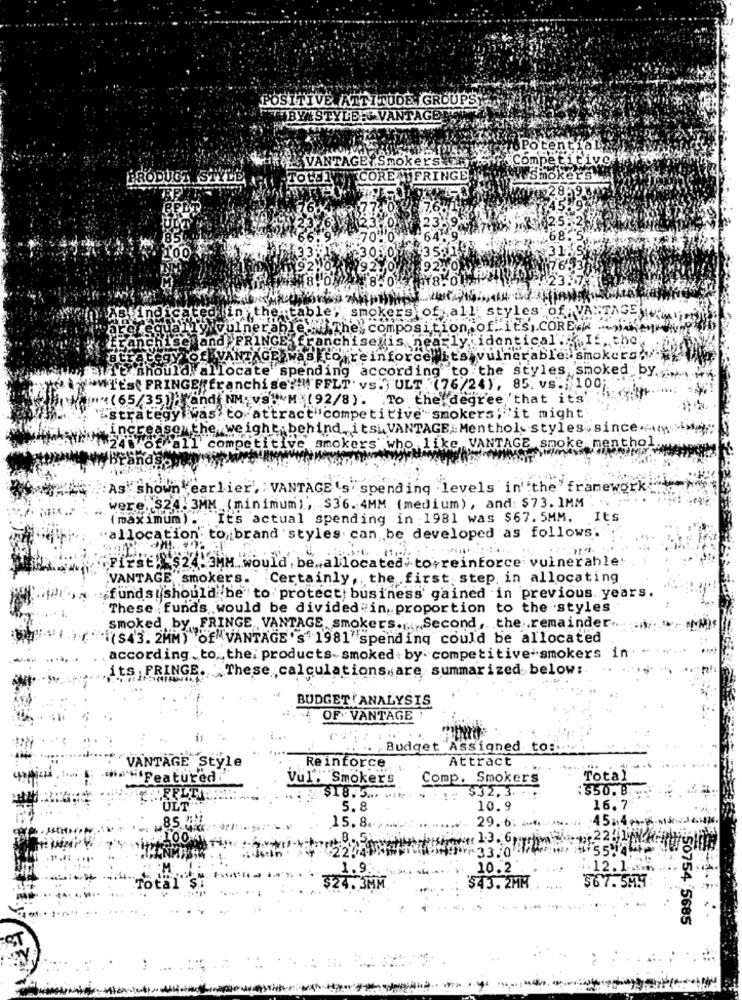
POSITIVE ATTITUDE GROUPS
BY STYLE VANTAGENS
Potentiala
VANTAGE Smokers
Competitive.
PRODUCT STYLE
TOLEIVCORE FRINGE
Smokers
$7,6
23
185
$70".
64
68.
35
92
8.0574 850%
17850
ted in the!
tab1
smoker's
of all styles of VANTAGE
"vulnerabl
The composit
f. its ,. CORE A .
FRINGE'
Łidentical:"
E. the
ichise is, nea
FAGE wask
to reinforce"i
vulnerable, smokers
locate spending according to the styles smoked by ...
anchis
"PELT' VS.TULT . (76/24), 85. vs .; 100
35.08
d NM. VS . M. (92/8). To the degree 'that it's'.
tegy :
is to attract competitive smokers,"it might
increase the weight.behind. itsVANTAGE:Menthol. styles, since>>> >>
+248
of all
competitive smokers who
ke VANTAGE smoke menthol
As shown earlier', VANTAGE's spending levels in''the framework;
were. $24: 3MM (minimum), S36. 4MM. (medium), and: $73. 1MM
(maximum). It's actual spending in 1981 was $67.5MM, Its
"allocation. to, brand styles can be developed as follows.
"FITSE, $24.3MM would . be.allocated to reinforce vulnerable
VANTAGE smokers.
Certainly ,, the first step, in allocating
funds should be to protect business' gained in previous years.
These : fund's would be divided in, proportion to the styles
smoked by FRINGE VANTAGE smokers. Second, the remainder.
($43. 2MM) of VANTAGE's 1981 spending could be allocated
according to ,, the; products-smoked. by. competitive smokers in
its , FRINGE. These calculations are summarized below:
BUDGET ANALYSIS
OF VANTAGE
Budget Assigned to:
Attract
"VANTAGE Style
Reinforce
Featured
Vul." Smokers
Comp. Smokers
Total
$32.3. .
$$50.8 ...
$18.5 ... ..... . .
ULT
5.8
10.9
16.7
.85 #
45.4.
15.8
29.6.
100
jste 1.3. 6,
33.01.
¥55-14.
1.9
10.2
12.1.
$67.5M.9
Totäl"Şi
.3MM
$43. 2MM
50754 5685